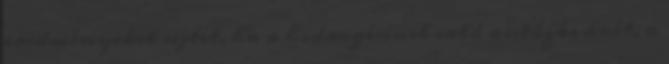
eredményeket sejtet, ha a hidrogénnel való autózás árát, a